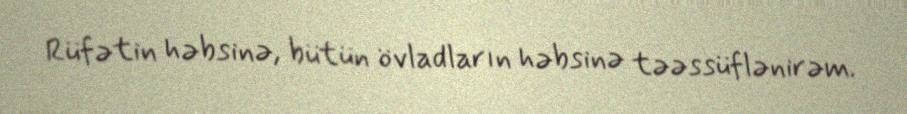
Rüfətin həbsinə, bütün övladların həbsinə təəssüflənirəm.